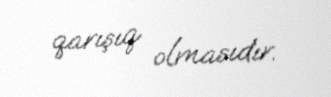
qarışıq olmasıdır.